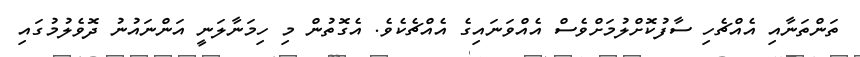
ތަންތަނާއި އެއްޗެހި ސާފުކޮށްލުމަށްވެސް އެއްވަނައިގެ އެއްޗެކެވެ. އެގޮތުން މި ހިމަނާލަނީ އަންނައުނު ދޮވެލުމުގައި